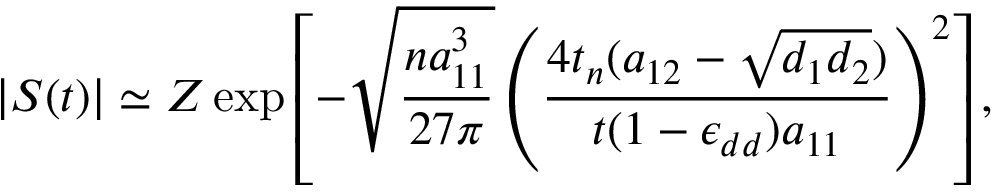
| S ( t ) | \simeq Z \exp \left[ - \sqrt { \frac { n a _ { 1 1 } ^ { 3 } } { 2 7 \pi } } \left( \frac { 4 t _ { n } ( a _ { 1 2 } - \sqrt { d _ { 1 } d _ { 2 } } ) } { t ( 1 - \epsilon _ { d d } ) a _ { 1 1 } } \right) ^ { 2 } \right] ,